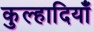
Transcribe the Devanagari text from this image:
कुल्हादियाँ